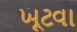
ખૂટવા